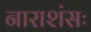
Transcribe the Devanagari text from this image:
नाराशंसः